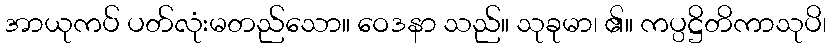
အာယုကပ် ပတ်လုံးမတည်သော။ ဝေဒနာ သည်။ သုခုမာ၊ ၏။ ကပ္ပဋ္ဌိတိကာသုပိ၊